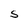
Character: S